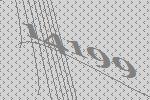
14199